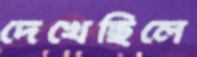
দেখেছিলে